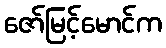
ဇော်မြင့်မောင်က